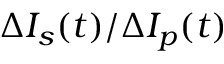
\Delta I _ { s } ( t ) / \Delta I _ { p } ( t )